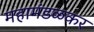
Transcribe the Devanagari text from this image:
महामंडळकर